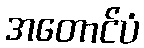
အတောင်ပံ